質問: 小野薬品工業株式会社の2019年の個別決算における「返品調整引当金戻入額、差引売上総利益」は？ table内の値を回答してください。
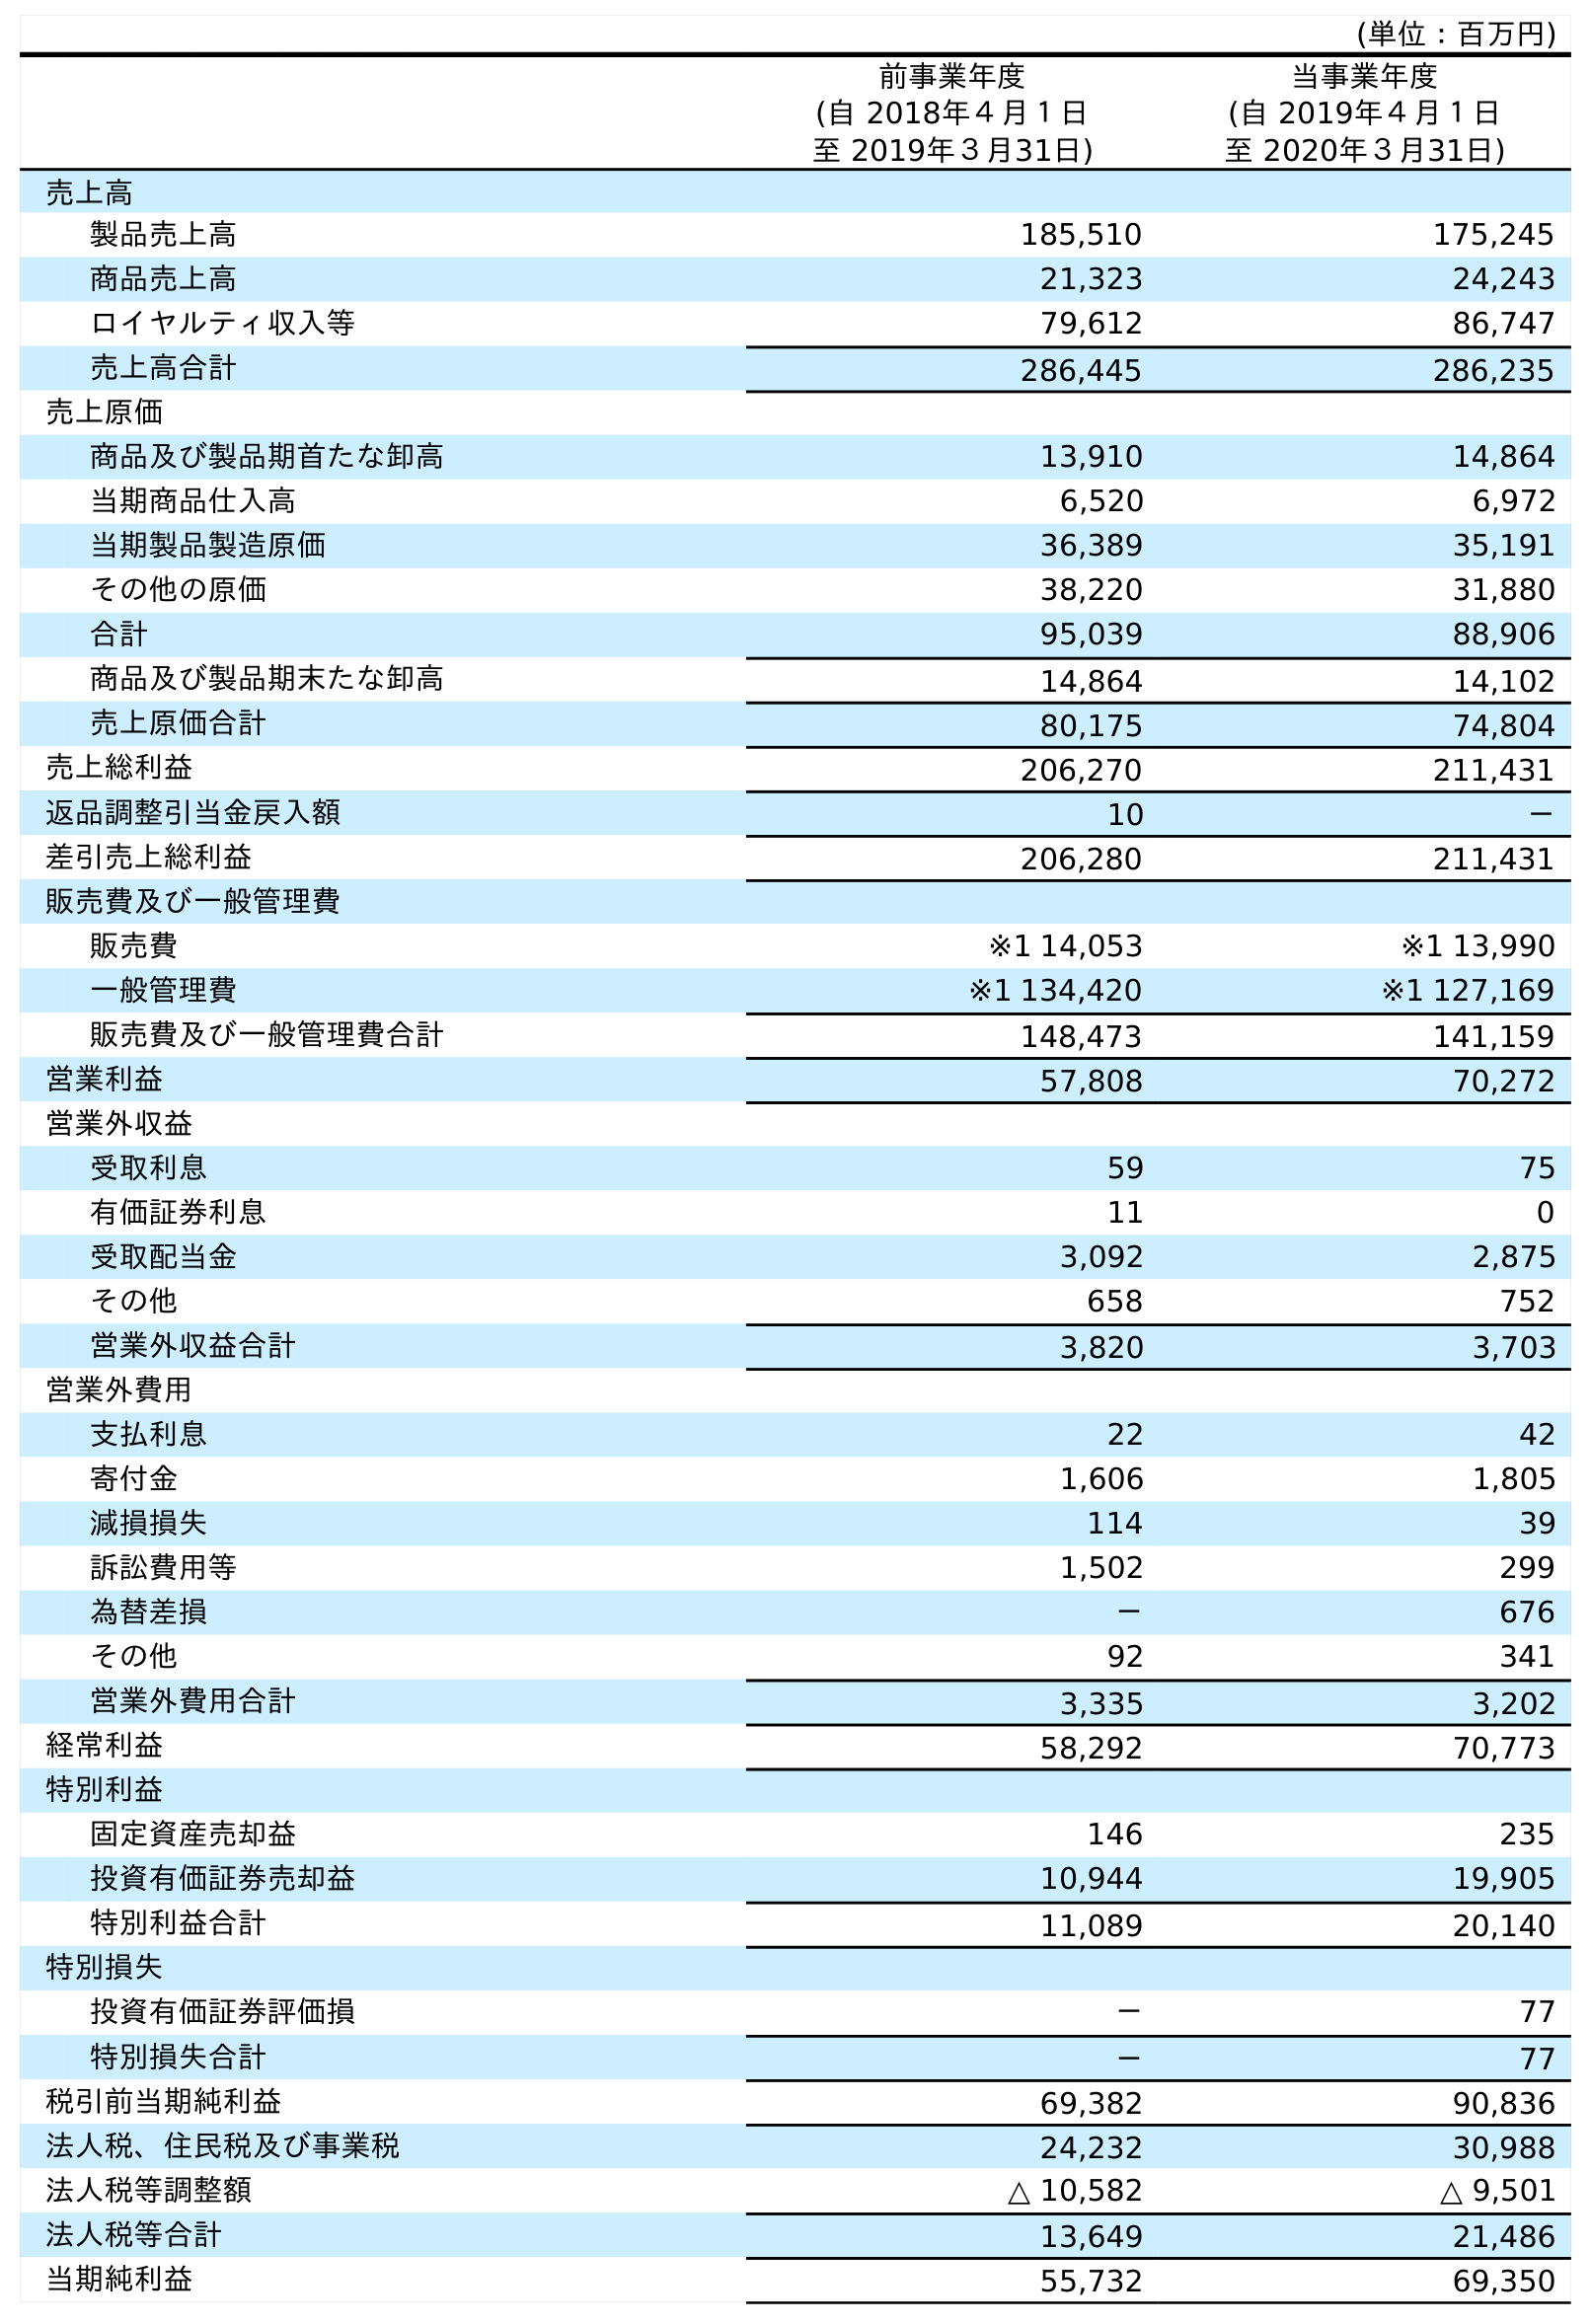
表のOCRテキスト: (単位：百万円) 前事業年度 (自 2018年４月１日 至 2019年３月31日) 当事業年度 (自 2019年４月１日 至 2020年３月31日) 売上高 製品売上高 185,510 175,245 商品売上高 21,323 24,243 ロイヤルティ収入等 79,612 86,747 売上高合計 286,445 286,235 売上原価 商品及び製品期首たな卸高 13,910 14,864 当期商品仕入高 6,520 6,972 当期製品製造原価 36,389 35,191 その他の原価 38,220 31,880 合計 95,039 88,906 商品及び製品期末たな卸高 14,864 14,102 売上原価合計 80,175 74,804 売上総利益 206,270 211,431 返品調整引当金戻入額 10 － 差引売上総利益 206,280 211,431 販売費及び一般管理費 販売費 ※1 14,053 ※1 13,990 一般管理費 ※1 134,420 ※1 127,169 販売費及び一般管理費合計 148,473 141,159 営業利益 57,808 70,272 営業外収益 受取利息 59 75 有価証券利息 11 0 受取配当金 3,092 2,875 その他 658 752 営業外収益合計 3,820 3,703 営業外費用 支払利息 22 42 寄付金 1,606 1,805 減損損失 114 39 訴訟費用等 1,502 299 為替差損 － 676 その他 92 341 営業外費用合計 3,335 3,202 経常利益 58,292 70,773 特別利益 固定資産売却益 146 235 投資有価証券売却益 10,944 19,905 特別利益合計 11,089 20,140 特別損失 投資有価証券評価損 － 77 特別損失合計 － 77 税引前当期純利益 69,382 90,836 法人税、住民税及び事業税 24,232 30,988 法人税等調整額 △ 10,582 △ 9,501 法人税等合計 13,649 21,486 当期純利益 55,732 69,350
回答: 10